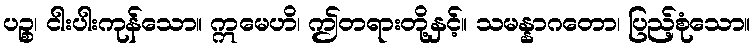
ပဉ္စ၊ ငါးပါးကုန်သော။ ဣမေဟိ၊ ဤတရားတို့နှင့်။ သမန္နာဂတော၊ ပြည့်စုံသော။